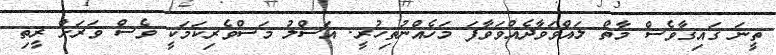
ތީނަ ގައިގާވެސް މާތް ލައްވަވާދެއްވަވާފަ މަހެއްނުތިހުރީ. އަސްލު މަސްވެރިކަމަކީ ވެސް ވަރަށް ރީތި